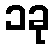
၁ခု